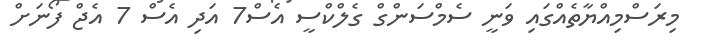
މިރަސްމިއްޔާތެއްގައި ވަނީ ސެމްސަންގް ގެލްކްސީ އެސް7 އަދި އެސް 7 އެޖް ފޯނަށް